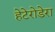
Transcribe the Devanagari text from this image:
हेटेरोडेरा